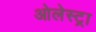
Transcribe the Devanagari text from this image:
ओलेस्ट्रा